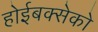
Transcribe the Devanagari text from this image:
होईबक्सेको